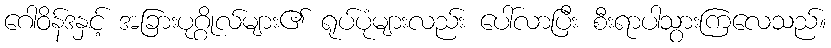
ဂေါဝိန်ဒနှင့် အခြားပုဂ္ဂိုလ်များ၏ ရုပ်ပုံများလည်း ပေါ်လာပြီး စီးရာပါသွားကြလေသည်။